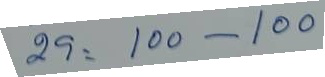
29 = 100 - 100